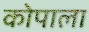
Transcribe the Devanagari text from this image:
कोपाला